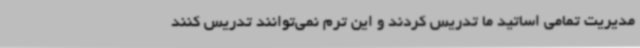
مدیریت تمامی اساتید ما تدریس کردند و این ترم نمی‌توانند تدریس کنند